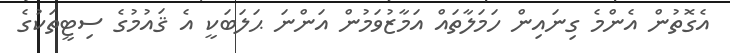
އެގޮތުން އެންމެ ގިނައިން ހަމަލާތައް އަމާޒުވަމުން އަންނަ ޙަލަބަކީ އެ ޤައުމުގެ ސިޓީތަކުގެ